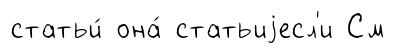
статьи́ она́ статьиjесл'и См